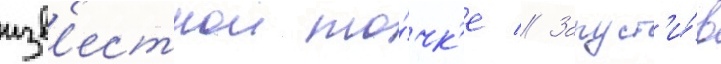
изв'естнои то́чк'е // Запуст'и́в